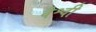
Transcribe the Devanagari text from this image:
वैश्वी